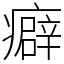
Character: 癖